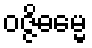
ဝဇ္ဇိဓမ္မေ